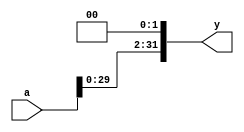

module sl2(input   [31:0] a,
           output  [31:0] y);

  // shift left by 2
  assign y = {a[29:0], 2'b00};
endmodule